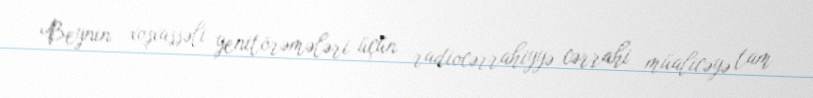
Beynin xoşxassəli yenitörəmələri üçün radiocərrahiyyə cərrahi müalicəyə tam